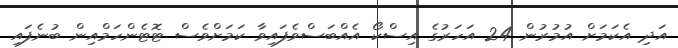
އަދި އެކަމަށް އުމުރުން 24 އަހަރުގެ އިސްކޯ އެއްބަސްވެފައިވާ ކަމަށްވެސް ޓޮޓެންހަމްއިން ބުނެފައި